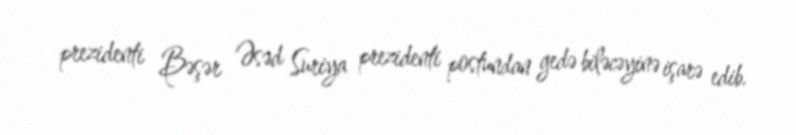
prezidenti Bəşər Əsəd Suriya prezidenti postundan gedə biləcəyinə işarə edib.